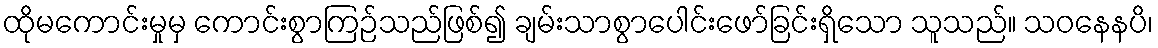
ထိုမကောင်းမှုမှ ကောင်းစွာကြဉ်သည်ဖြစ်၍ ချမ်းသာစွာပေါင်းဖော်ခြင်းရှိသော သူသည်။ သဝနေနပိ၊